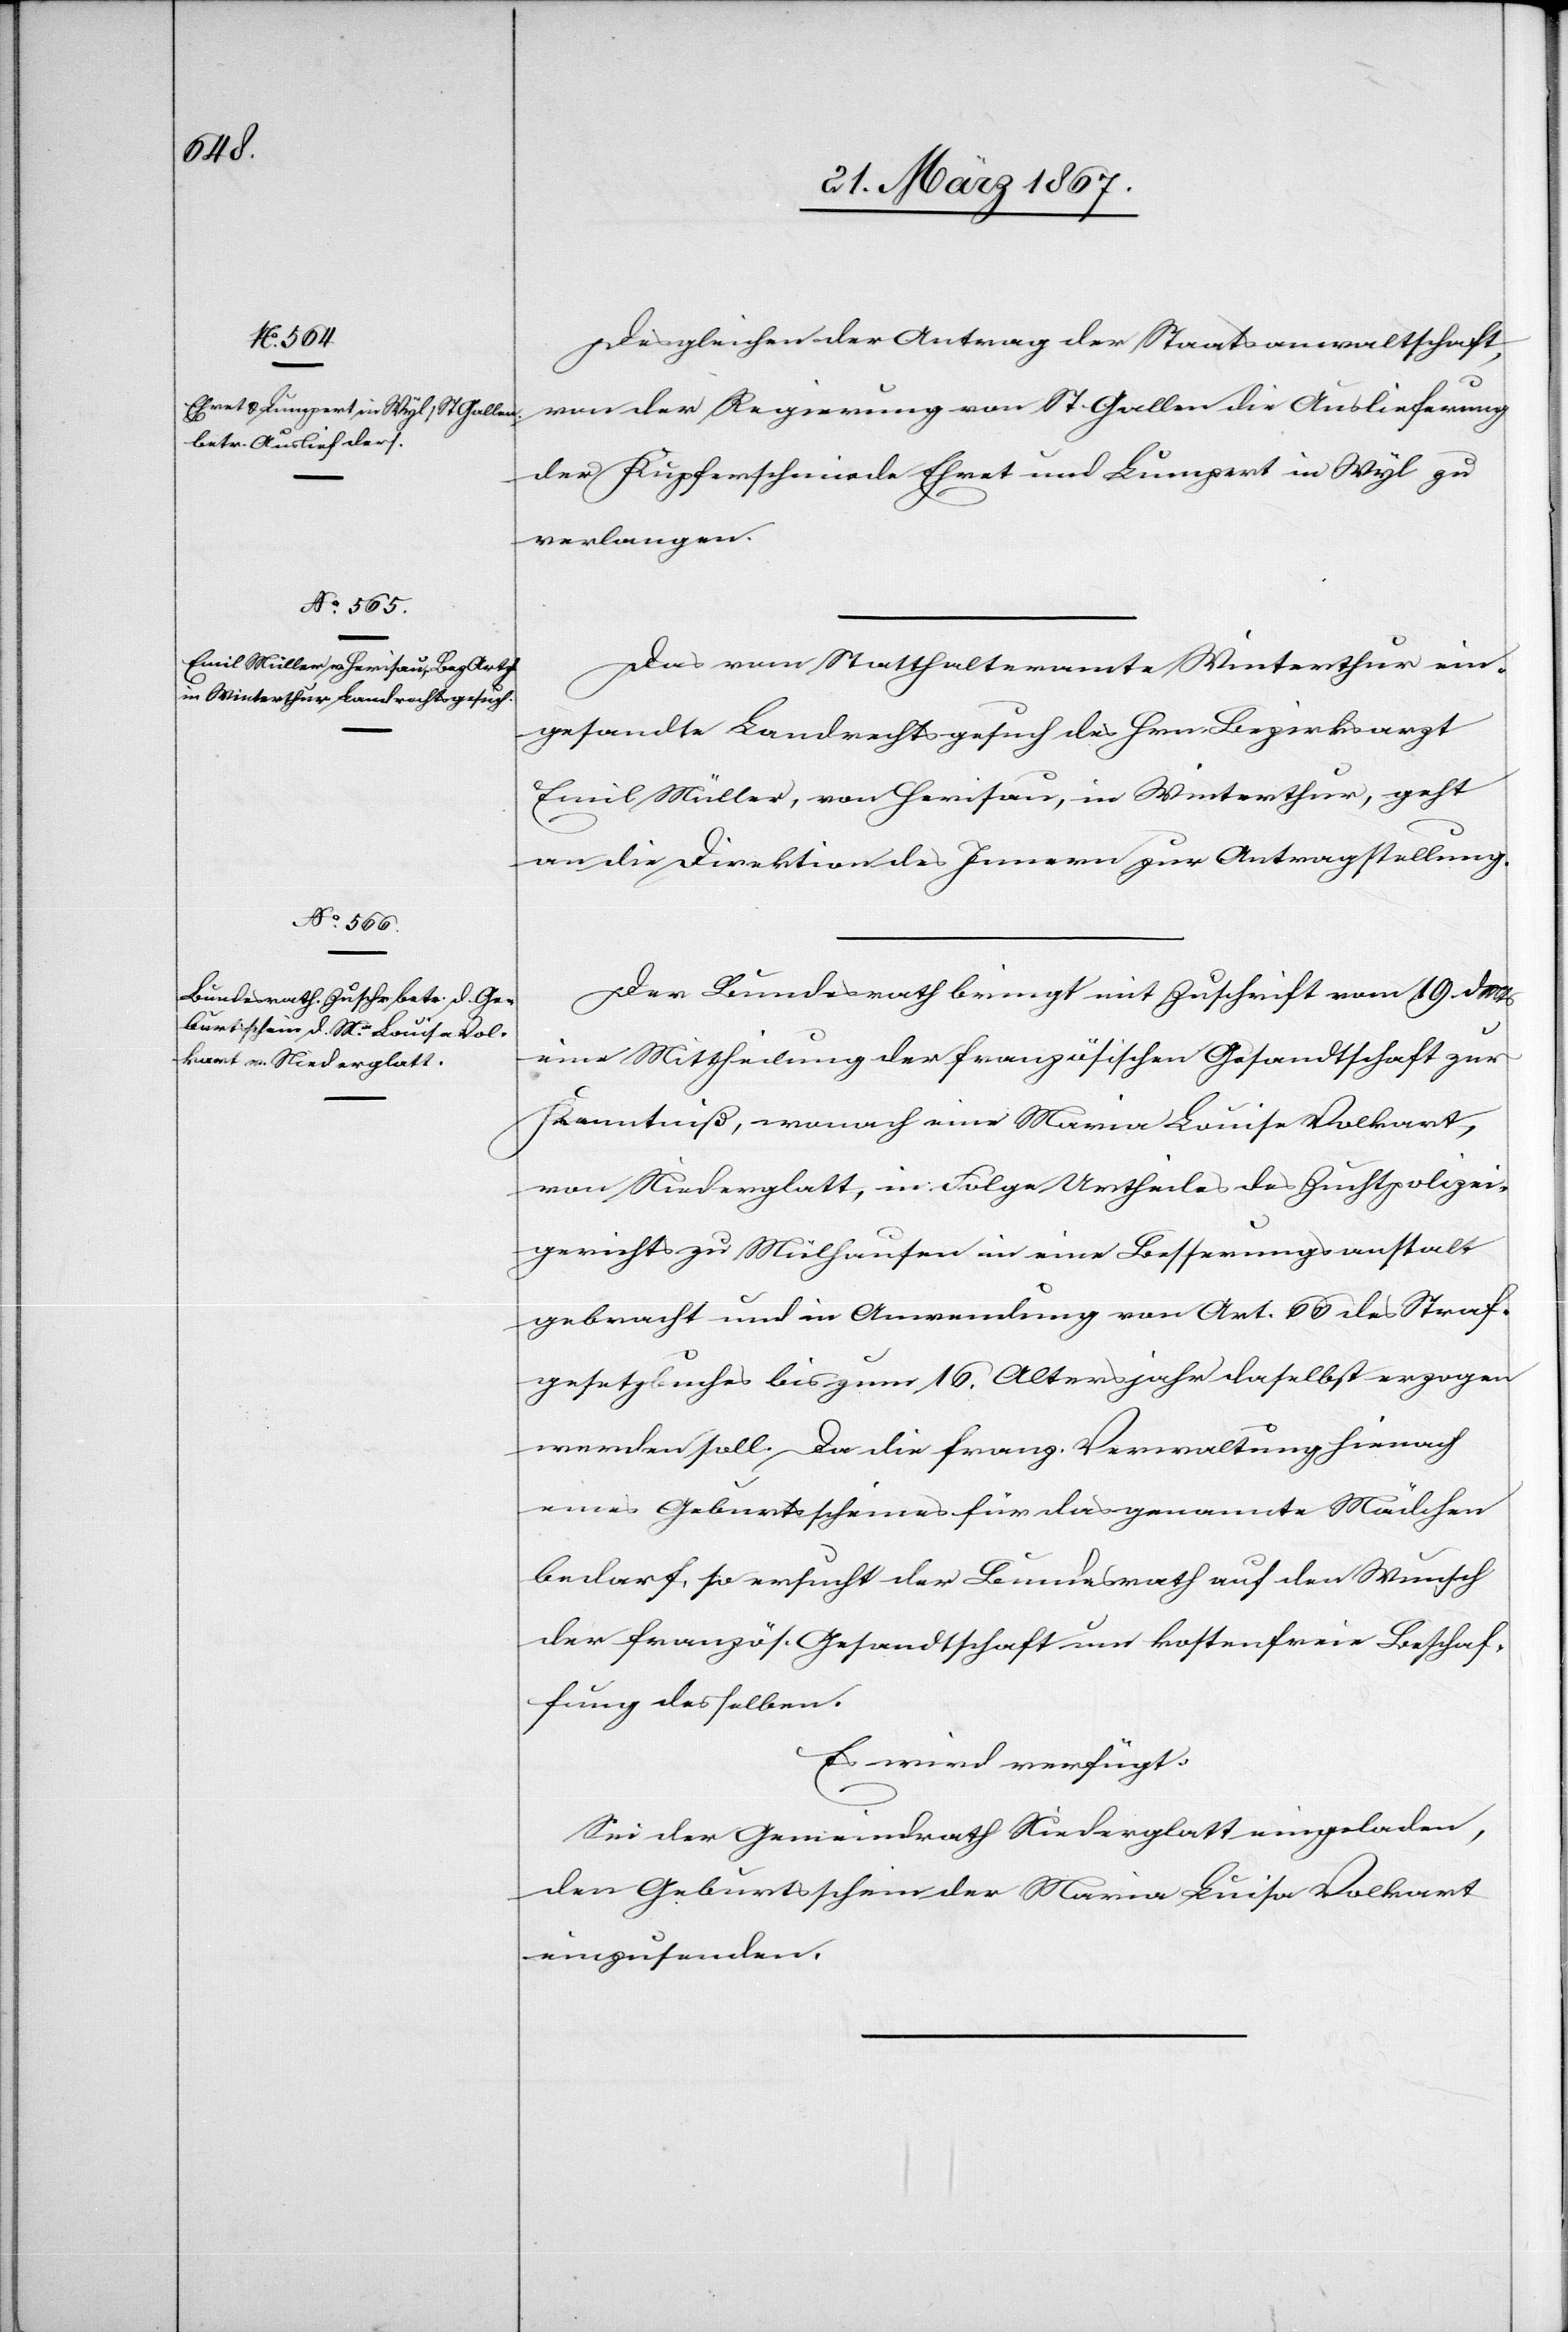
21. März 1867.]
Desgleichen der Antrag der Staatsanwaltschaft,
von der Regierung von St. Gallen die Auslieferung
der Kupferschmiede Ehret und Lumpert in Wyl zu
verlangen.
Das vom Statthalteramte Winterthur ein¬
gesandte Landrechtsgesuch des Hrn. Bezirksarzt
Emil Müller, von Herisau, in Winterthur, geht
an die Direktion des Innern zur Antragstellung.
Der Bundesrath bringt mit Zuschrift vom 19. d.
eine Mittheilung der französischen Gesandtschaft zur
Kenntniß, wonach eine Maria Louise Volkart,
von Niederglatt, in Folge Urtheiles des Zuchtpolizei¬
gerichts zu Mühlhausen in eine Besserungsanstalt
gebracht und in Anwendung von Art. 66 des Straf¬
gesetzbuches bis zum 16. Altersjahr daselbst erzogen
werden soll. Da die franz. Verwaltung hienach
eines Geburtsscheines für das genannte Mädchen
bedarf, so ersucht der Bundesrath auf den Wunsch
der französ. Gesandtschaft um kostenfreie Beschaf¬
fung desselben.
Es wird verfügt:
Sei der Gemeindrath Niederglatt eingeladen,
den Geburtsschein der Maira Louisa [sic!] Volkart
einzusenden.